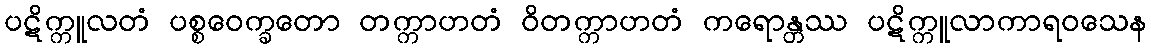
ပဋိက္ကူလတံ ပစ္စဝေက္ခတော တက္ကာဟတံ ဝိတက္ကာဟတံ ကရောန္တဿ ပဋိက္ကူလာကာရဝသေန